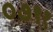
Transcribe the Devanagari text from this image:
०७९१